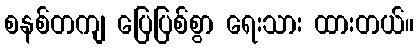
စနစ်တကျ ပြေပြစ်စွာ ရေးသား ထားတယ်။